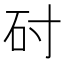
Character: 𬑺